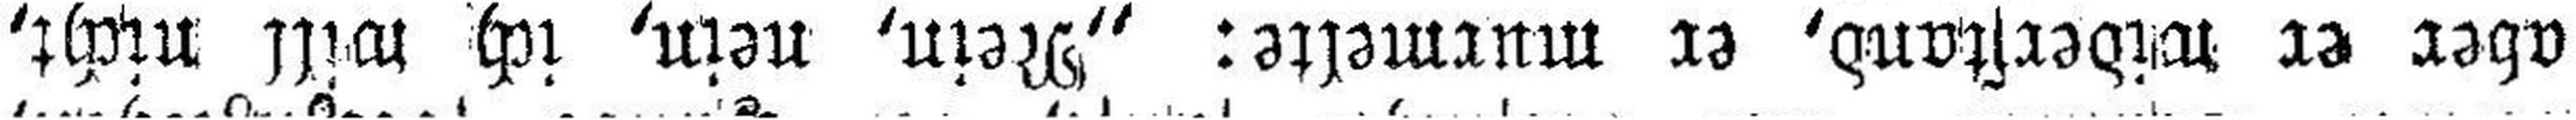
aber er widerstand, er murmelte: „Nein, nein, ich will nicht,